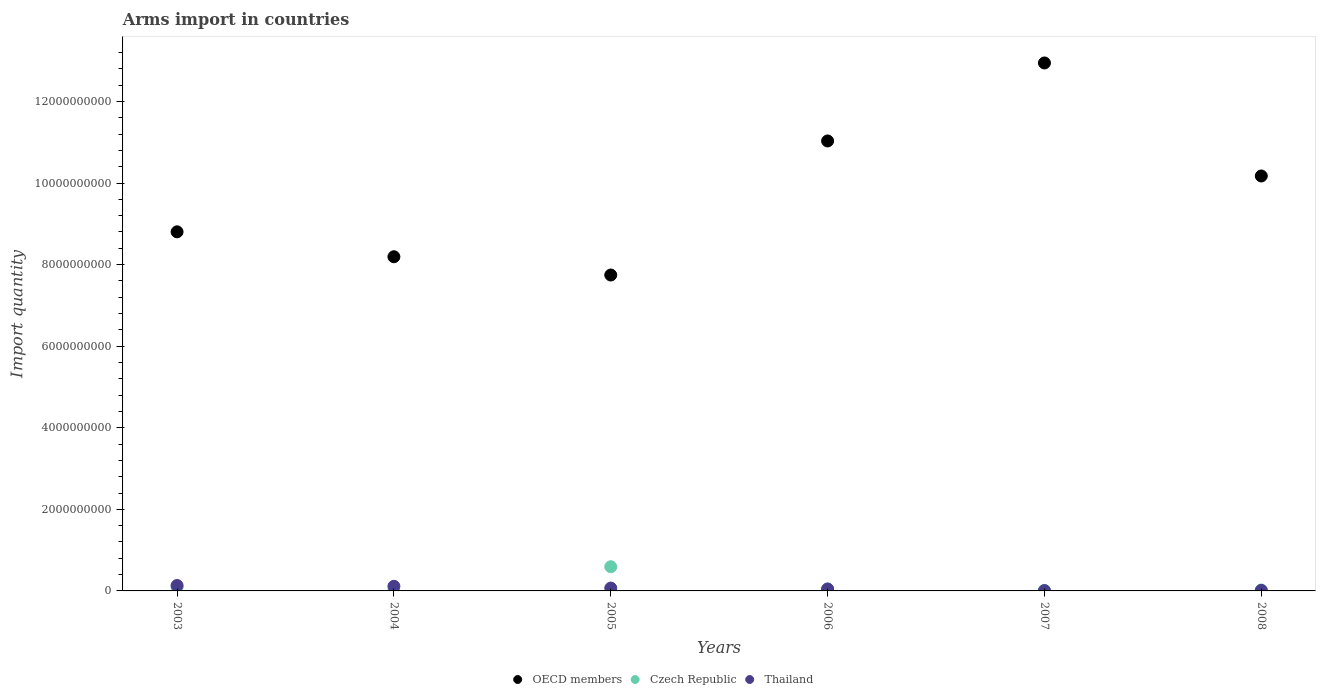
| Years | OECD members | Czech Republic | Thailand |
 | --- | --- | --- | --- |
 | 2003 | 8.8e+09 | 9.7e+07 | 1.33e+08 |
 | 2004 | 8.19e+09 | 7e+06 | 1.14e+08 |
 | 2005 | 7.74e+09 | 5.93e+08 | 7e+07 |
 | 2006 | 1.1e+10 | 4.7e+07 | 4.7e+07 |
 | 2007 | 1.29e+10 | 1.3e+07 | 8e+06 |
 | 2008 | 1.02e+10 | 2.3e+07 | 1.3e+07 |